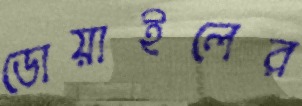
ডোয়াইলের